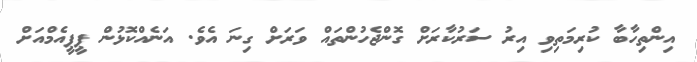
އިންތިހާބާ ކުރިމަތިވި އިރު ސަރުކާރަށް ގޮންޖެހުންތައް ވަރަށް ގިނަ އެވެ. އަނެއްކޮޅުން ޕީޕީއެމްއަށް